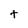
Character: t